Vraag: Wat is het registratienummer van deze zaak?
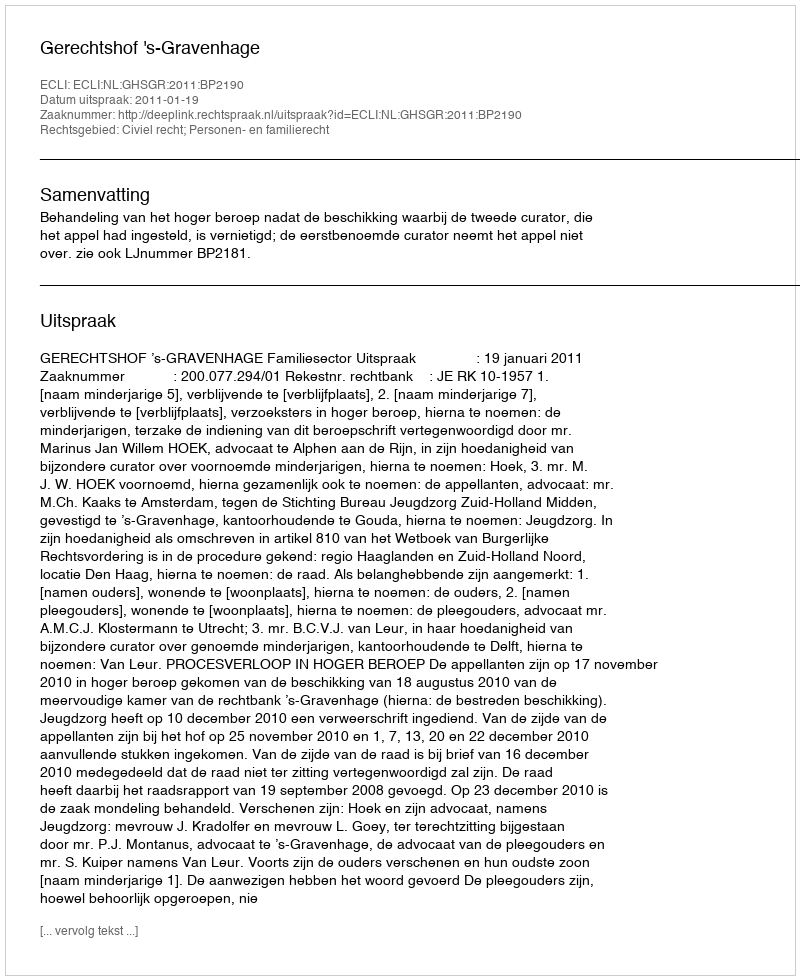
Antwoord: http://deeplink.rechtspraak.nl/uitspraak?id=ECLI:NL:GHSGR:2011:BP2190